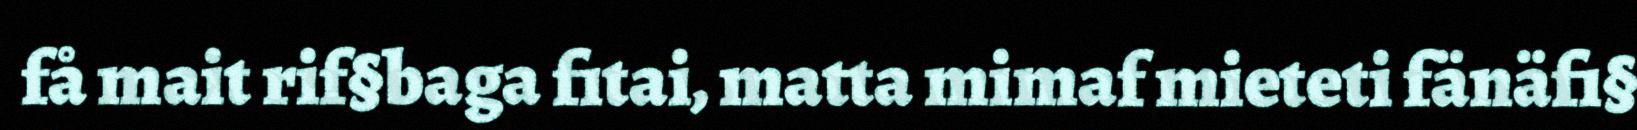
få mait rif§baga fitai, matta mimaf mieteti fänäfi§